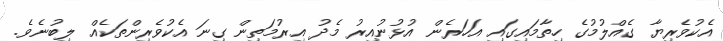
އެކުވެރިޔާ ގެއްލުމުގެ ހިތާމައިގައި އަހަރެން އުޅުނުއިރު މެދު އިރުމަތިން ގިނަ އެކުވެރިންތަކެއް ލިބުނެވެ.